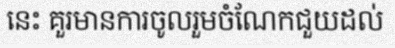
នេះ គួរមានការចូលរួមចំណែកជួយដល់